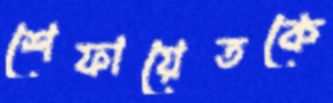
শেফায়েতকে